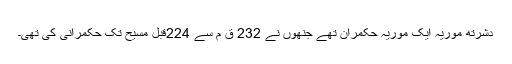
دشرتھ موریہ ایک موریہ حکمران تھے جنھوں نے 232 ق م سے 224قبل مسیح تک حکمرانی کی تھی۔